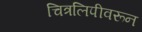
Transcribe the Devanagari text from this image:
चित्रलिपीवरून